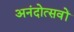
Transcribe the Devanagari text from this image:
अनंदोत्सवों